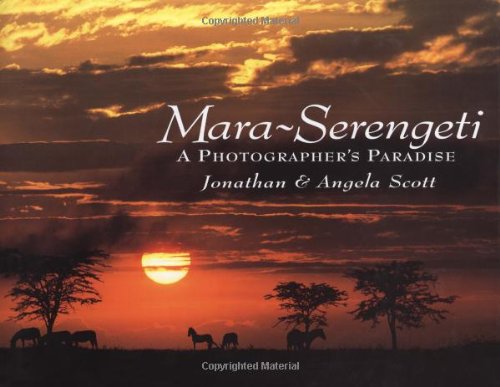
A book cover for Mara-Serengeti: A Photographer's Paradise; Jonathan Scott; History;